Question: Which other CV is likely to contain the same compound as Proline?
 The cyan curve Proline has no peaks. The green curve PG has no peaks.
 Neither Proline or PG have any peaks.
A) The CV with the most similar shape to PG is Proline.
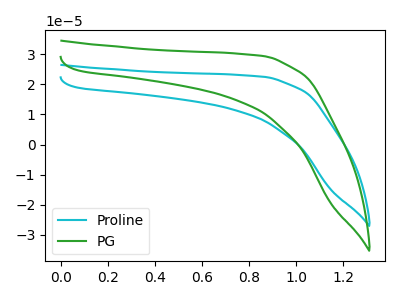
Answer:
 <answer>A) The CV with the most similar shape to "PG" is "Proline".</answer>
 <eval>A</eval>